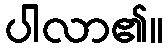
ပါလာ၏။